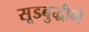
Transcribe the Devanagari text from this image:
सूडबुद्धीने